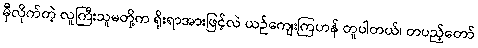
မှီလိုက်တဲ့ လူကြီးသူမတို့က ရိုးရာအားဖြင့်လဲ ယဉ်ကျေးကြဟန် တူပါတယ်၊ တပည့်တော်